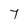
Character: 7